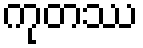
ကုတဿ